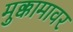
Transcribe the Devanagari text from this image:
मुक्कामावर